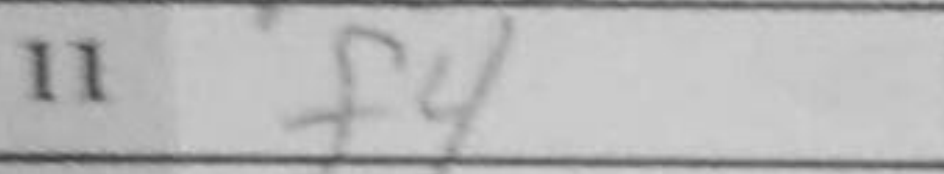
Transcription: f4